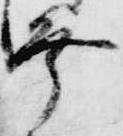
幸